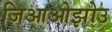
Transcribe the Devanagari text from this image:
जिआओझोउ